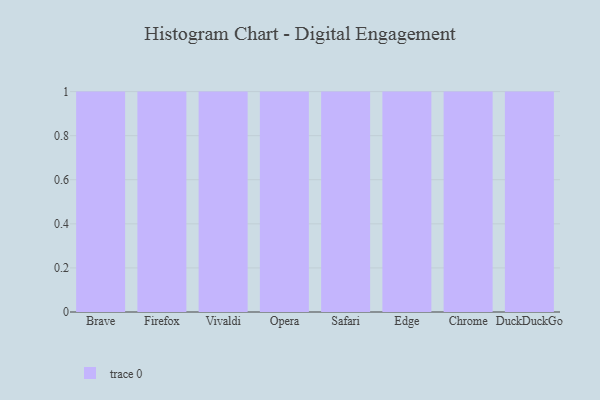
{"axis": {"x": "Browser", "y": "Population (Million)"}, "legend": [""], "data": [{"x": "Brave", "y": 80, "type": ""}, {"x": "Firefox", "y": 44, "type": ""}, {"x": "Vivaldi", "y": 6, "type": ""}, {"x": "Opera", "y": 12, "type": ""}, {"x": "Safari", "y": 29, "type": ""}, {"x": "Edge", "y": 57, "type": ""}, {"x": "Chrome", "y": 6, "type": ""}, {"x": "DuckDuckGo", "y": 74, "type": ""}]}